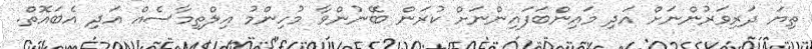
ތިޔަ ދަރިވަރުންނަށް އަދި މައިންބަފައިންނަށް ކުރަން ބޭނުންވާ މުހިންމު އިލްތިމާސެއް އަދި އެބައޮތް.